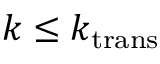
k \leq k _ { \mathrm { t r a n s } }